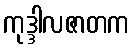
ကုဒ္ဒါလဇာတက